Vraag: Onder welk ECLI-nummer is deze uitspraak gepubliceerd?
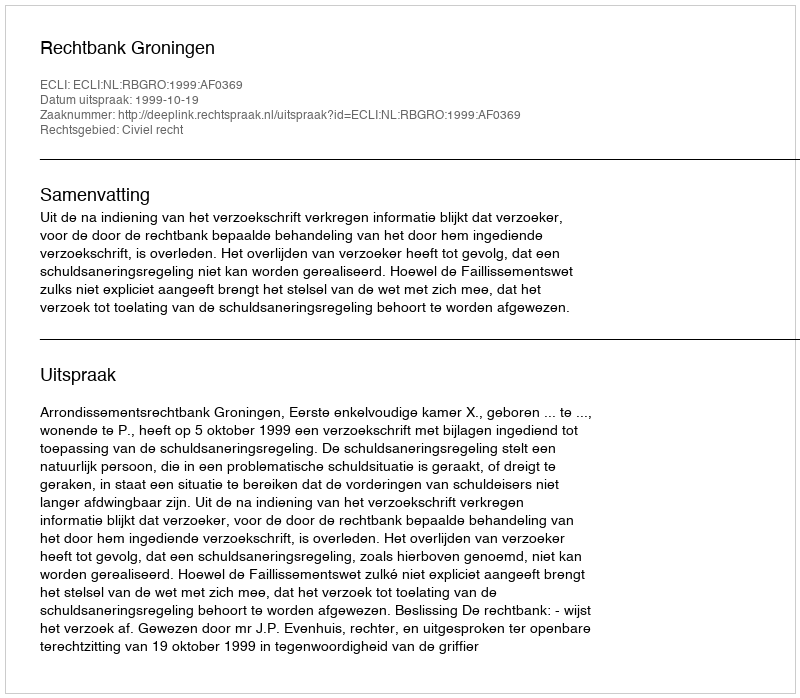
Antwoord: ECLI:NL:RBGRO:1999:AF0369